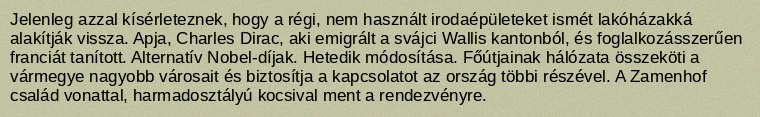
Jelenleg azzal kísérleteznek, hogy a régi, nem használt irodaépületeket ismét lakóházakká alakítják vissza. Apja, Charles Dirac, aki emigrált a svájci Wallis kantonból, és foglalkozásszerűen franciát tanított. Alternatív Nobel-díjak. Hetedik módosítása. Főútjainak hálózata összeköti a vármegye nagyobb városait és biztosítja a kapcsolatot az ország többi részével. A Zamenhof család vonattal, harmadosztályú kocsival ment a rendezvényre.